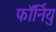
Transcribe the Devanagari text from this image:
फॉर्नियु